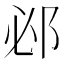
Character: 邲